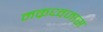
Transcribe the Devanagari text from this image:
मक्रध्वजास